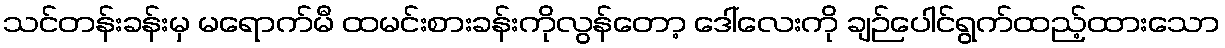
သင်တန်းခန်းမှ မရောက်မီ ထမင်းစားခန်းကိုလွန်တော့ ဒေါ်လေးကို ချဉ်ပေါင်ရွက်ထည့်ထားသော